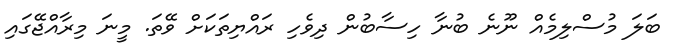
ބަލަ މުސްލިމެއް ނޫނެ ބުނާ ހިސާބުން ދިވެހި ރައްޔިތަކަށް ވޭތަ. މީނަ މިރާއްޖޭގައި